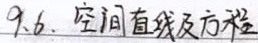
9.6. 空间直线及方程